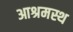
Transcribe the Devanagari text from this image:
आश्रमस्थ